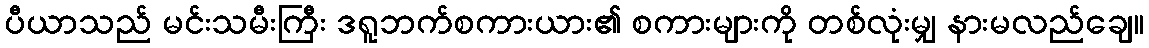
ပီယာသည် မင်းသမီးကြီး ဒရူဘက်စကားယား၏ စကားများကို တစ်လုံးမျှ နားမလည်ချေ။